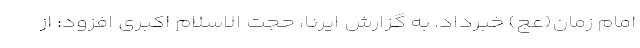
امام زمان(عج) خبرداد. به گزارش ایرنا، حجت الاسلام اکبری افزود: از